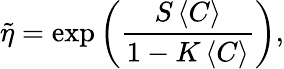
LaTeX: \tilde{\eta}=\exp\left(\frac{S\left\langle C\right\rangle}{1-K\left\langle C\right\rangle}\right),